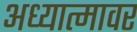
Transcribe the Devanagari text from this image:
अध्यात्मावर